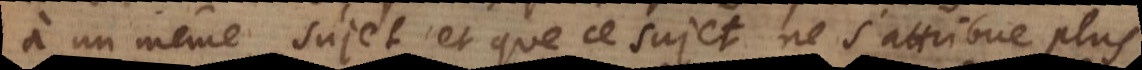
à un même sujet, et que ce sujet ne s’attribue plus